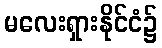
မလေးရှားနိုင်ငံ၌